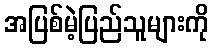
အပြစ်မဲ့ပြည်သူများကို